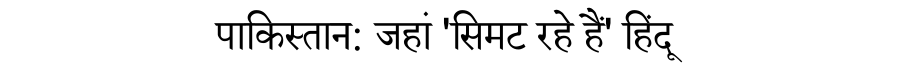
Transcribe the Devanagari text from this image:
पाकिस्तान: जहां 'सिमट रहे हैं' हिंदू